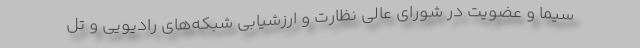
سیما و عضویت در شورای عالی نظارت و ارزشیابی شبکه‌های رادیویی و تل